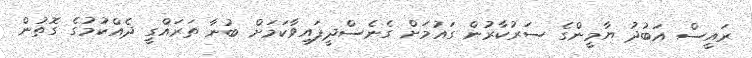
ރައީސް އަބުދު ޔާމީންގެ ސަރުކާރުން ގައުމަށް ގެނެސްދީފައިވާކަމަށް ބުނާ ތަރައްގީ ދެއްކުމުގެ ގޮތުން